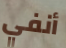
أنفي